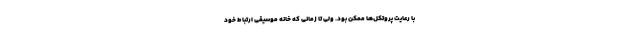
با رعایت پروتکل‌ها ممکن بود. ولی تا زمانی که خانه موسیقی ارتباط خود